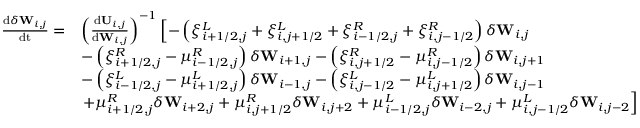
\begin{array} { r l } { \frac { \mathrm { d } \delta \mathbf { W } _ { i , j } } { \mathrm { d t } } = } & { \left( \frac { \mathrm { d } \mathbf { U } _ { i , j } } { \mathrm { d } { \mathbf { W } _ { i , j } } } \right) ^ { - 1 } \left[ - \left( \xi _ { i + 1 / 2 , j } ^ { L } + \xi _ { i , j + 1 / 2 } ^ { L } + \xi _ { i - 1 / 2 , j } ^ { R } + \xi _ { i , j - 1 / 2 } ^ { R } \right) \delta \mathbf { W } _ { i , j } \right. } \\ & { - \left( \xi _ { i + 1 / 2 , j } ^ { R } - \mu _ { i - 1 / 2 , j } ^ { R } \right) \delta \mathbf { W } _ { i + 1 , j } - \left( \xi _ { i , j + 1 / 2 } ^ { R } - \mu _ { i , j - 1 / 2 } ^ { R } \right) \delta \mathbf { W } _ { i , j + 1 } } \\ & { - \left( \xi _ { i - 1 / 2 , j } ^ { L } - \mu _ { i + 1 / 2 , j } ^ { L } \right) \delta \mathbf { W } _ { i - 1 , j } - \left( \xi _ { i , j - 1 / 2 } ^ { L } - \mu _ { i , j + 1 / 2 } ^ { L } \right) \delta \mathbf { W } _ { i , j - 1 } } \\ & { \left. + \mu _ { i + 1 / 2 , j } ^ { R } \delta \mathbf { W } _ { i + 2 , j } + \mu _ { i , j + 1 / 2 } ^ { R } \delta \mathbf { W } _ { i , j + 2 } + \mu _ { i - 1 / 2 , j } ^ { L } \delta \mathbf { W } _ { i - 2 , j } + \mu _ { i , j - 1 / 2 } ^ { L } \delta \mathbf { W } _ { i , j - 2 } \right] } \end{array}